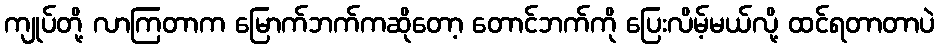
ကျုပ်တို့ လာကြတာက မြောက်ဘက်ကဆိုတော့ တောင်ဘက်ကို ပြေးလိမ့်မယ်လို့ ထင်ရတာတာပဲ